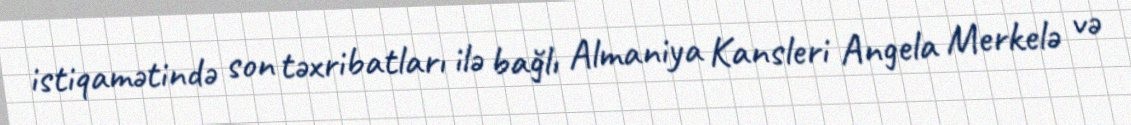
istiqamətində son təxribatları ilə bağlı Almaniya Kansleri Angela Merkelə və